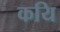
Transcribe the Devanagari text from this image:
कयि